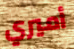
أميري